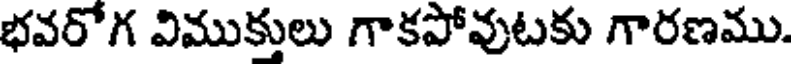
భవరోగ విముక్తులు గాకపోవుటకు గారణము.